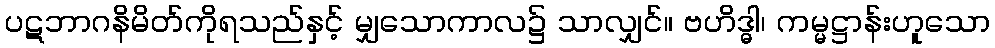
ပဋဘာဂနိမိတ်ကိုရသည်နှင့် မျှသောကာလ၌ သာလျှင်။ ဗဟိဒ္ဓါ၊ ကမ္မဋ္ဌာန်းဟူသော